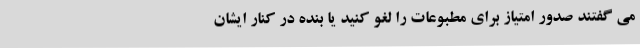
می گفتند صدور امتیاز برای مطبوعات را لغو کنید یا بنده در کنار ایشان